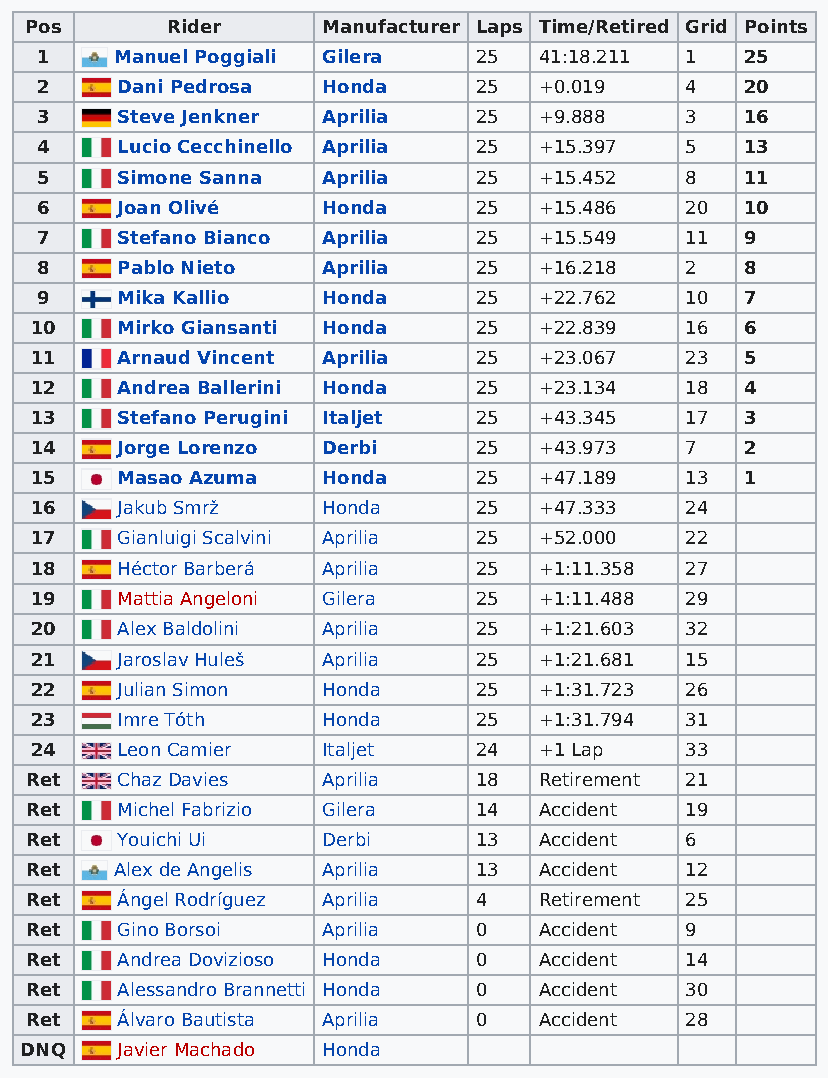
Pos      Rider     Manufacturer Laps Time/Retired Grid Points
 1     Manuel Poggiali Gilera 25   41:18.211 1  25
 2     Dani Pedrosa Honda     25   +0.019   4   20
 3     Steve Jenkner Aprilia  25   +9.888   3   16
 4     Lucio Cecchinello Aprilia 25 +15.397 5   13
 5     Simone Sanna Aprilia   25   +15.452  8   11
 6     Joan Olivé   Honda     25   +15.486  20  10
 7     Stefano Bianco Aprilia 25   +15.549  11  9
 8     Pablo Nieto  Aprilia   25   +16.218  2   8
 9     Mika Kallio  Honda     25   +22.762  10  7
 10    Mirko Giansanti Honda  25   +22.839  16  6
 11    Arnaud Vincent Aprilia 25   +23.067  23  5
 12    Andrea Ballerini Honda 25   +23.134  18  4
 13    Stefano Perugini Italjet 25 +43.345  17  3
 14    Jorge Lorenzo Derbi    25   +43.973  7   2
 15    Masao Azuma  Honda     25   +47.189  13  1
 16    Jakub Smrž   Honda     25   +47.333  24
 17    Gianluigi Scalvini Aprilia 25 +52.000 22
 18    Héctor Barberá Aprilia 25   +1:11.358 27
 19    Mattia Angeloni Gilera 25   +1:11.488 29
 20    Alex Baldolini Aprilia 25   +1:21.603 32
 21    Jaroslav Huleš Aprilia 25   +1:21.681 15
 22    Julian Simon Honda     25   +1:31.723 26
 23    Imre Tóth    Honda     25   +1:31.794 31
 24    Leon Camier  Italjet   24   +1 Lap   33
 Ret   Chaz Davies  Aprilia   18   Retirement 21
 Ret   Michel Fabrizio Gilera 14   Accident 19
 Ret   Youichi Ui   Derbi     13   Accident 6
 Ret   Alex de Angelis Aprilia 13  Accident 12
 Ret   Ángel Rodríguez Aprilia 4   Retirement 25
 Ret   Gino Borsoi  Aprilia   0    Accident 9
 Ret   Andrea Dovizioso Honda 0    Accident 14
 Ret   Alessandro Brannetti Honda 0 Accident 30
 Ret   Álvaro Bautista Aprilia 0   Accident 28
 DNQ    Javier Machado Honda